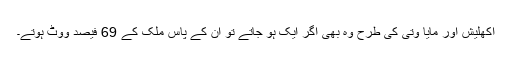
اکھلیش اور مایا وتی کی طرح وہ بھی اگر ایک ہو جاتے تو ان کے پاس ملک کے 69 فیصد ووٹ ہوتے۔